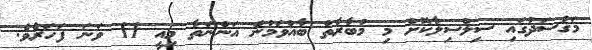
މަގުސަދުގައި ސިލްސިލާކޮށް މި މުބާރާތް ބާއްވަމުން އަންނަތާ މިއީ 11 ވަނަ ފަހަރެވެ.